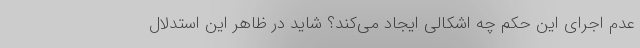
عدم اجرای این حکم چه اشکالی ایجاد می‌کند؟ شاید در ظاهر این استدلال